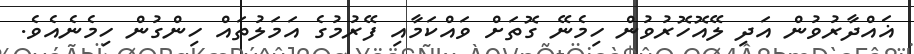
ޣައްދާރުވުން އަދި ލޭއޮހޮރުވުން ހިމެނޭ ގޮތަށް ވައްކަމާއި ފޭރުމުގެ އަމަލުތައް ހިންގުން ހިމެނެއެވެ.